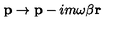
{ \bf p } \rightarrow { \bf p } - i m \omega \beta { \bf r }